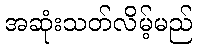
အဆုံးသတ်လိမ့်မည်